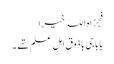
فجزاہ اللہ خیرا
بابا جی باذوق اہل علم تھے ۔